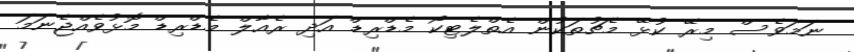
ނަމަވެސް މިރޭ ކުޅޭ މެޗުތަކުން އެތްލެޓިކޯ މެޑްރިޑް އަދި ރެއާލް މެޑްރިޑް މޮޅުވެއްޖެނަމަ